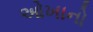
ઓખાનો